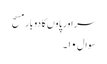
سر اور پاوں کا دوبار مسح
سوال۱۰۔